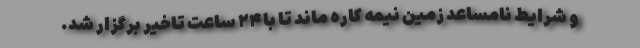
و شرایط نامساعد زمین نیمه کاره ماند تا با ۲۴ ساعت تاخیر برگزار شد.